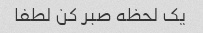
یک لحظه صبر کن لطفا